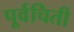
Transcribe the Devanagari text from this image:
पूर्वचिती